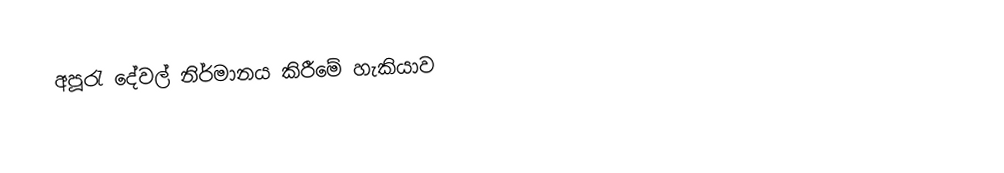
අපූරැ දේවල් නිර්මානය කිරීමේ හැකියාව